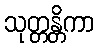
သုတ္တန္တိကာ